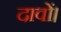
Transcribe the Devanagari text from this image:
दावों।